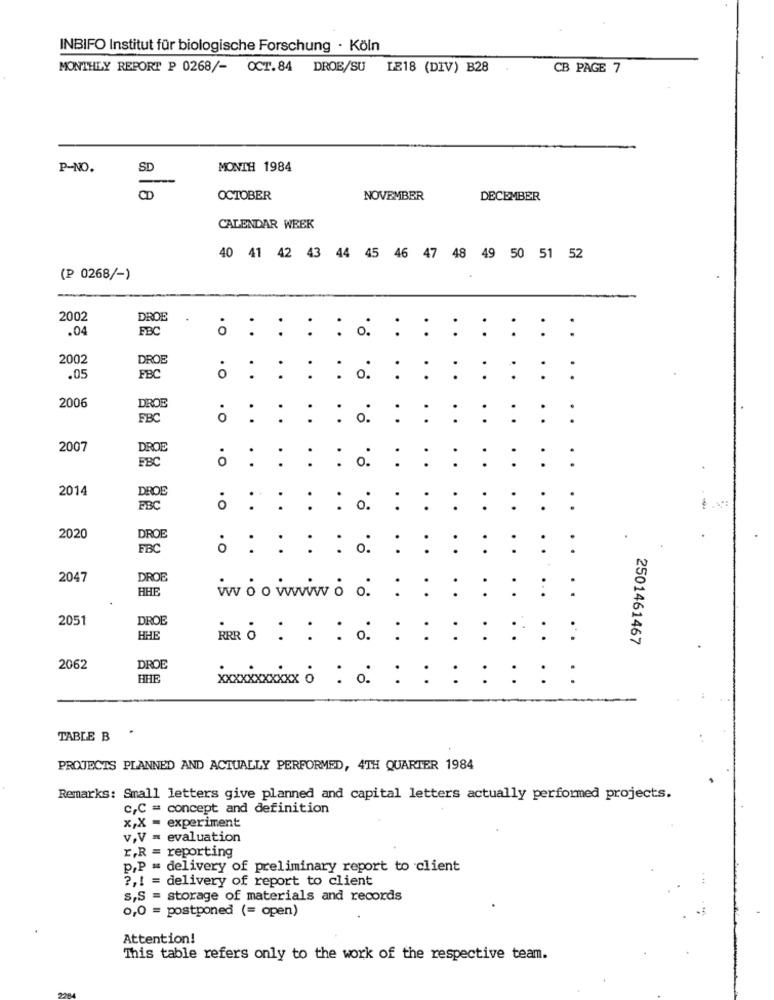
INBIFO Institut für biologische Forschung · Köln
MONTHLY REPORT P 0268/- OCT.84 DROB/SU IE18 (DIV) B28
CB PAGE 7
P-NO.
SD
MONTH 1984
CD
OCTOBER
NOVEMBER
DECEMBER
CALENDAR WEEK
40 41 42 43 44 45 46 47 48 49 50 51 52
(P 0268/-)
2002
DROE
.04
FBC
. : : : :. :
:
:
: : : :
2002
DROE
.05
FBC
.O
:
:
:
:: : :
2006
DROB
FBC
. O
.
2007
DROE
FBC
. O
2014
DROE
FBC
. O
2020
DROE
FBC
.O
2047
DROE
HHE
ww o o wwwwww o: : : : : : : :
2051
DROE
BHE
RÓ : : : : : : : : : : :
2501461467
2062
DROE
HHE
TABLE B
.
PROJECTS PLANNED AND ACTUALLY PERFORMED, 4TH QUARTER 1984
Remarks: Small letters give planned and capital letters actually performed projects.
c,C = concept and definition
x,X = experiment
v,V = evaluation
r,R = reporting
p.P = delivery of preliminary report to client
?,! = delivery of report to client
s,S = storage of materials and records
0,0 = postponed (= open)
Attention!
This table refers only to the work of the respective team.